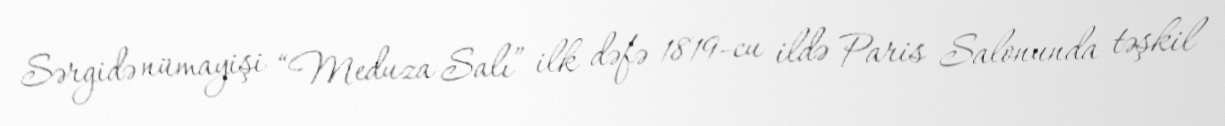
Sərgidə nümayişi “Meduza Salı” ilk dəfə 1819-cu ildə Paris Salonunda təşkil